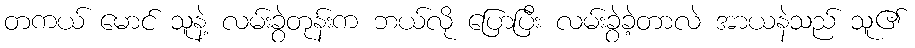
တကယ် မောင် သူနဲ့ လမ်းခွဲတုန်းက ဘယ်လို ပြောပြီး လမ်းခွဲခဲ့တာလဲ အာယနဲသည် သူ၏